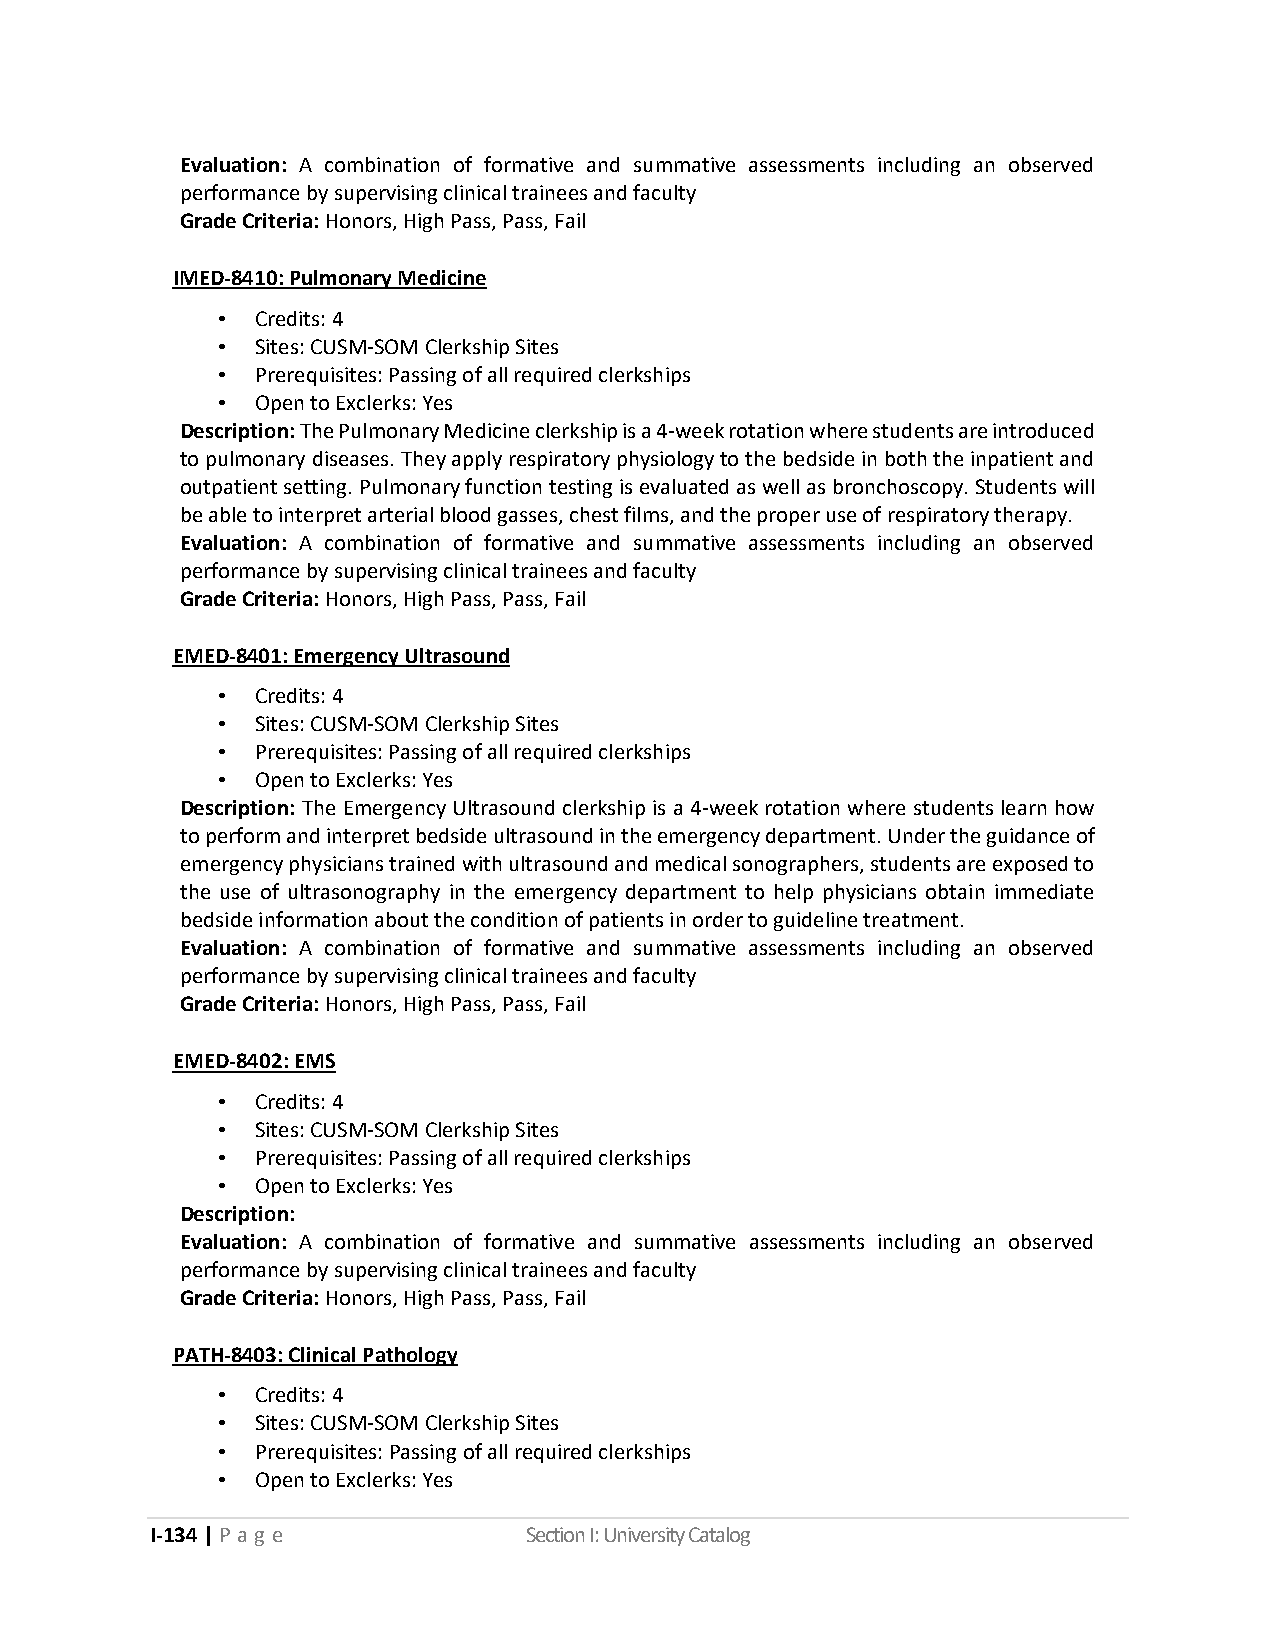
Evaluation: A combination of formative and summative assessments including an observed
 performance by supervising clinical trainees and faculty
 Grade Criteria: Honors, High Pass, Pass, Fail
 IMED-8410: Pulmonary Medicine
 •  Credits: 4
 •  Sites: CUSM-SOM Clerkship Sites
 •  Prerequisites: Passing of all required clerkships
 •  Open to Exclerks: Yes
 Description: The Pulmonary Medicine clerkship is a 4-week rotation where students are introduced
 to pulmonary diseases. They apply respiratory physiology to the bedside in both the inpatient and
 outpatient setting. Pulmonary function testing is evaluated as well as bronchoscopy. Students will
 be able to interpret arterial blood gasses, chest films, and the proper use of respiratory therapy.
 Evaluation: A combination of formative and summative assessments including an observed
 performance by supervising clinical trainees and faculty
 Grade Criteria: Honors, High Pass, Pass, Fail
 EMED-8401: Emergency Ultrasound
 •  Credits: 4
 •  Sites: CUSM-SOM Clerkship Sites
 •  Prerequisites: Passing of all required clerkships
 •  Open to Exclerks: Yes
 Description: The Emergency Ultrasound clerkship is a 4-week rotation where students learn how
 to perform and interpret bedside ultrasound in the emergency department. Under the guidance of
 emergency physicians trained with ultrasound and medical sonographers, students are exposed to
 the use of ultrasonography in the emergency department to help physicians obtain immediate
 bedside information about the condition of patients in order to guideline treatment.
 Evaluation: A combination of formative and summative assessments including an observed
 performance by supervising clinical trainees and faculty
 Grade Criteria: Honors, High Pass, Pass, Fail
 EMED-8402: EMS
 •  Credits: 4
 •  Sites: CUSM-SOM Clerkship Sites
 •  Prerequisites: Passing of all required clerkships
 •  Open to Exclerks: Yes
 Description:
 Evaluation: A combination of formative and summative assessments including an observed
 performance by supervising clinical trainees and faculty
 Grade Criteria: Honors, High Pass, Pass, Fail
 PATH-8403: Clinical Pathology
 •  Credits: 4
 •  Sites: CUSM-SOM Clerkship Sites
 •  Prerequisites: Passing of all required clerkships
 •  Open to Exclerks: Yes
 I-134 | P a g e          Section I: University Catalog